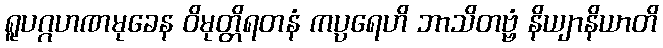
ရူပဂ္ဂဟဏမုခေန ဝိမုတ္တိရတနံ ကပ္ပရေဟိ ဘာသိတဗ္ဗံ နိယျာနိယာတိ